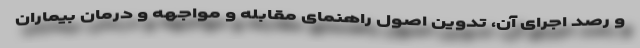
و رصد اجرای آن، تدوین اصول راهنمای مقابله و مواجهه و درمان بیماران